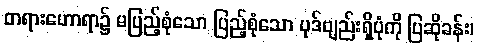
တရားဟောရာ၌ မပြည့်စုံသော ပြည့်စုံသော ပုဒ်ဗျည်းရှိပုံကို ပြဆိုခန်း၊